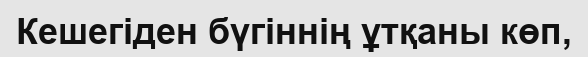
Кешегіден бүгіннің ұтқаны көп,